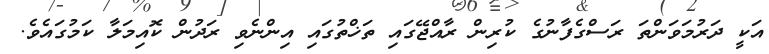
އަކީ ދަރުމަވަންތަ ރަސްގެފާނުގެ ކުރިން ރާއްޖޭގައި ތަޚްތުގައި އިންނެވި ރަދުން ކޮއިމަލާ ކަމުގައެވެ.